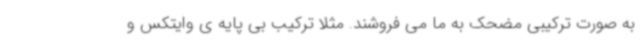
به صورت ترکیبی مضحک به ما می فروشند. مثلا ترکیب بی پایه ی وایتکس و